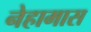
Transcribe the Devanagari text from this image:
नेहामास